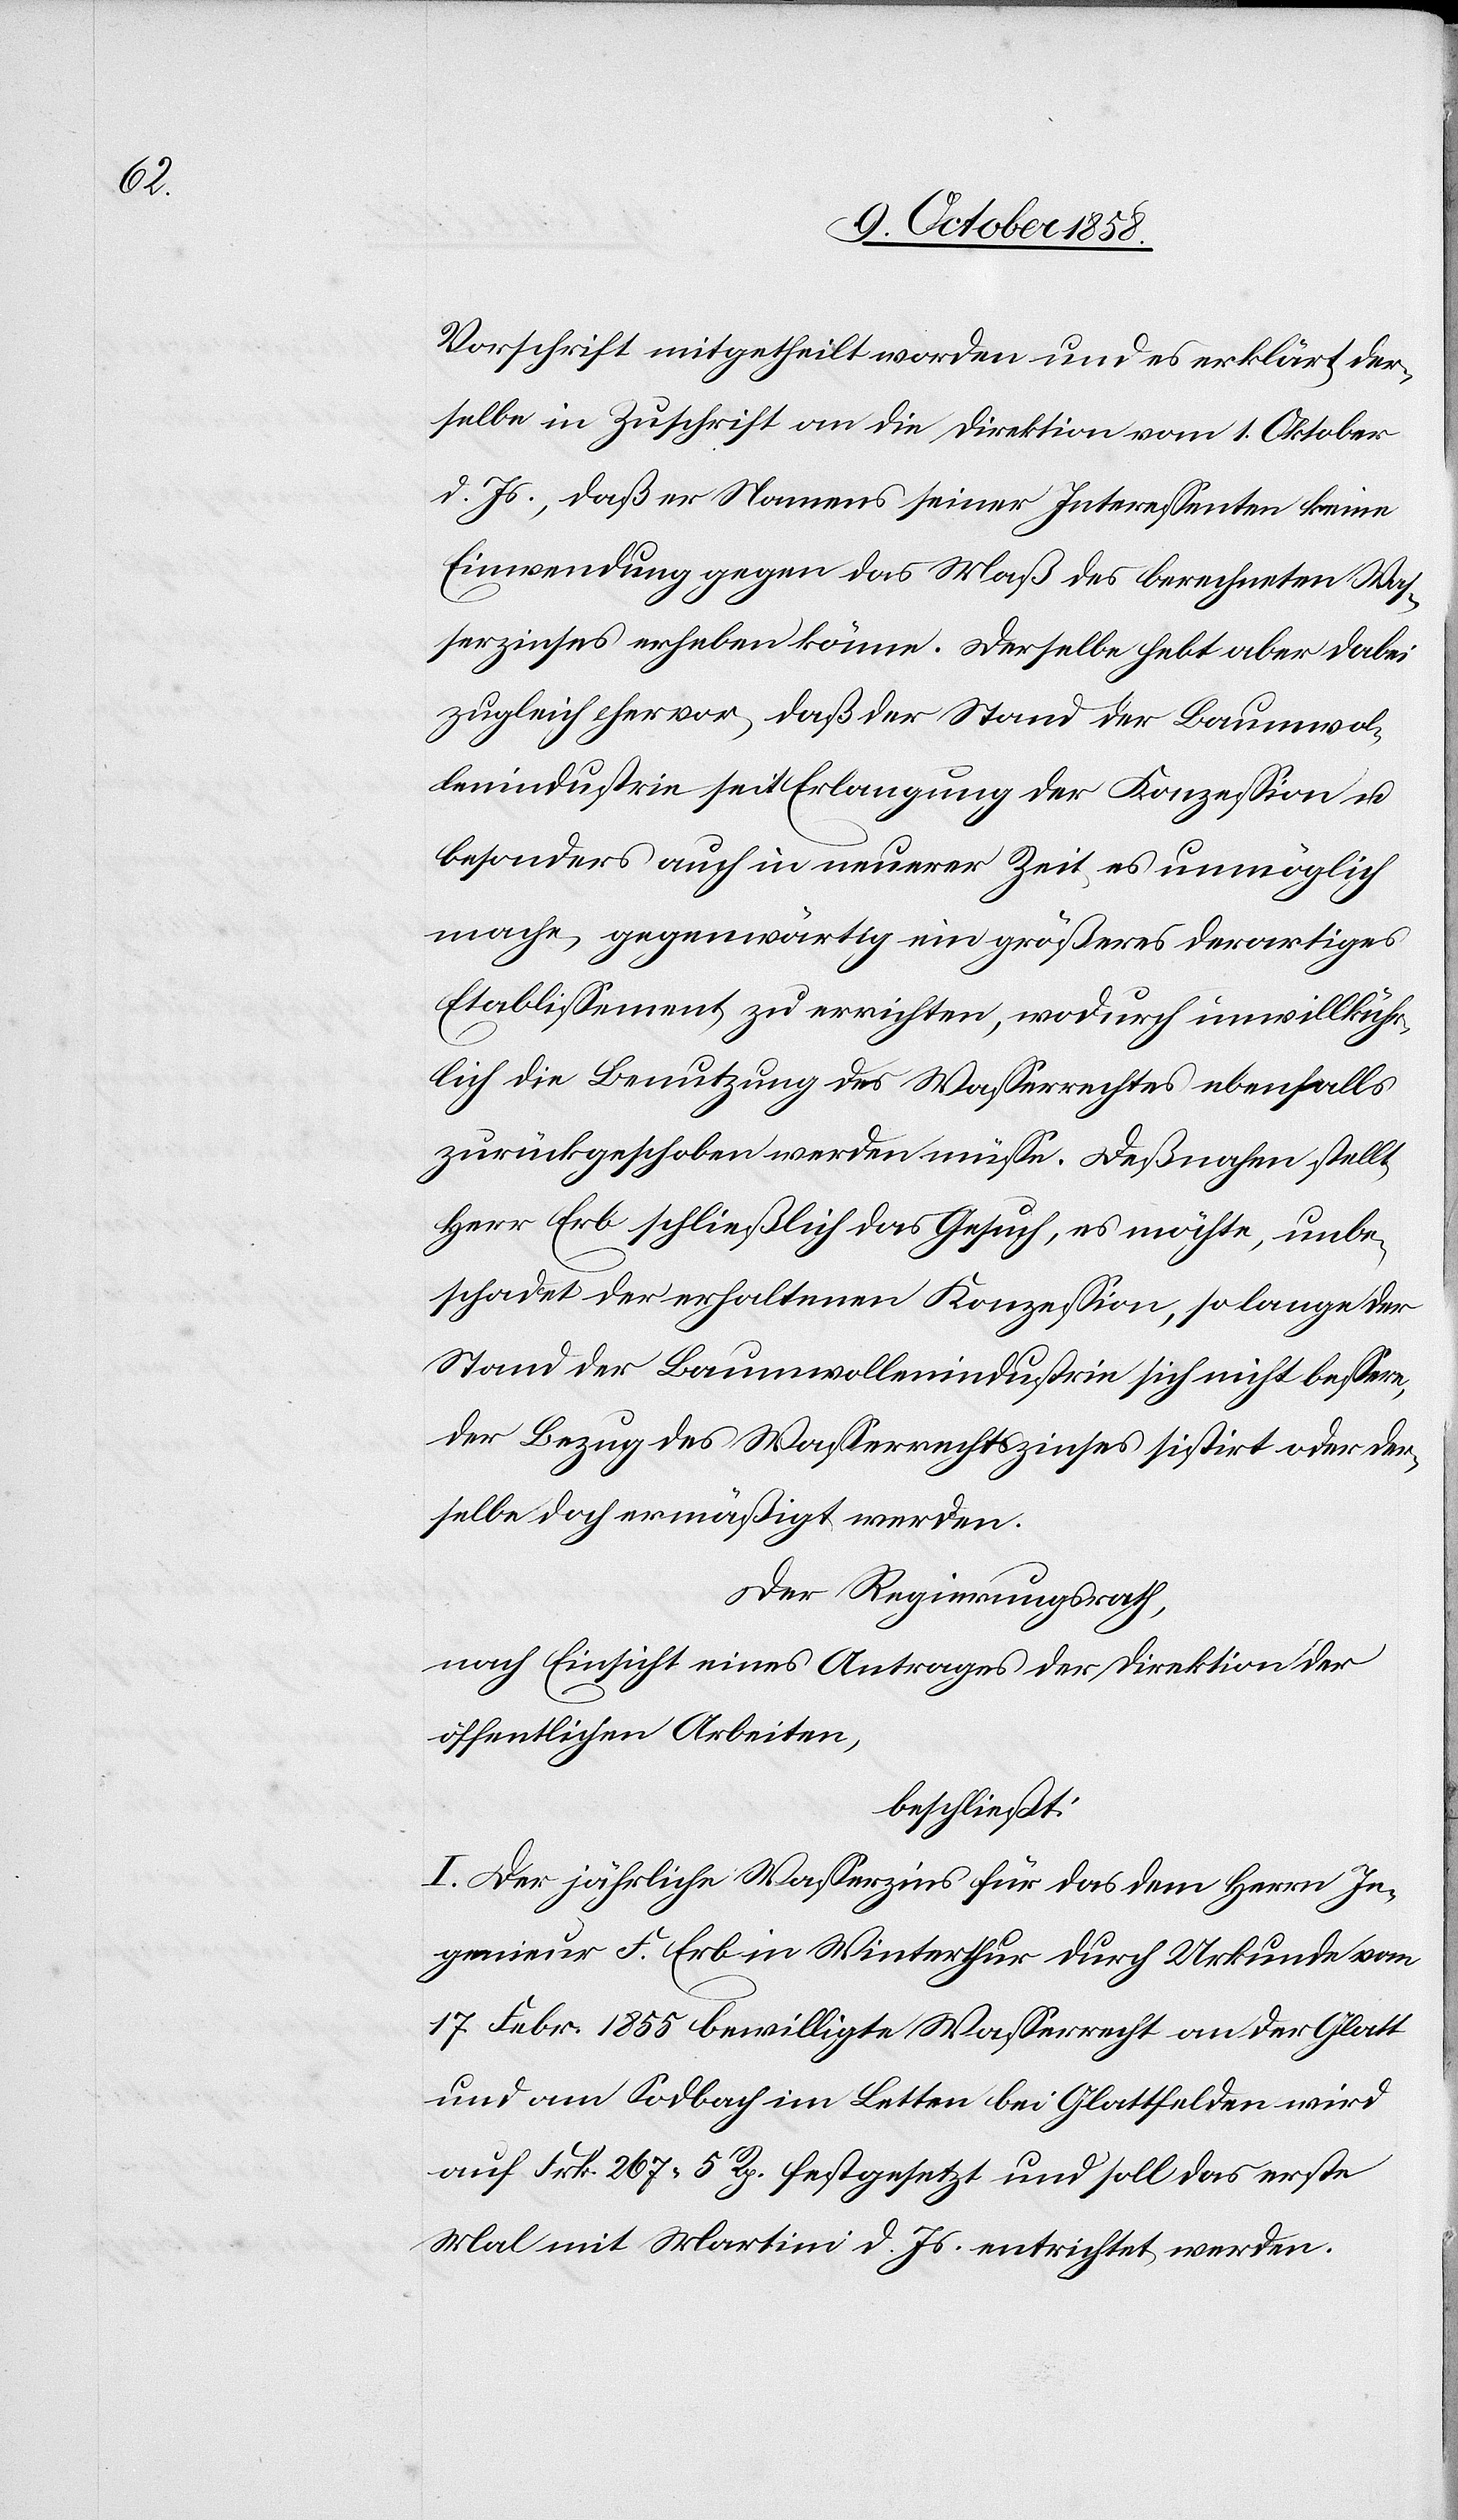
Vorschrift mitgetheilt worden und es erklärt der¬
selbe in Zuschrift an die Direktion vom 1. Oktober
d. Js., daß er Namens seiner Interessenten keine
Einwendung gegen das Maß des berechneten Was¬
serzinses erheben könne. Derselbe hebt aber dabei
zugleich hervor, daß der Stand der Baumwol¬
lenindustrie seit Erlangung der Konzession u.
besonders auch in neuerer Zeit es unmöglich
mache, gegenwärtig ein größeres derartiges
Etablissement zu errichten, wodurch unwillkühr¬
lich die Benutzung des Wasserrechtes ebenfalls
zurückgeschoben werden müsse. Deßnahen stellt
Herr Erb schließlich das Gesuch, es möchte, unbe¬
schadet der erhaltenen Konzession, so lange der
Stand der Baumwollenindustrie sich nicht bessere,
der Bezug des Wasserrechtszinses sistirt oder der¬
selbe doch ermäßigt werden.
Der Regierungsrath,
nach Einsicht eines Antrages der Direktion der
öffentlichen Arbeiten,
beschließt:
I. Der jährliche Wasserzins für das dem Herrn In¬
genieur F. Erb in Winterthur durch Urkunde vom
17. Febr. 1855 bewilligte Wasserrecht an der Glatt
und am Sodbach im Letten bei Glattfelden wird
auf Frk. 267. 5 Rp. festgesetzt und soll das erste
Mal mit Martini d. Js. entrichtet werden.